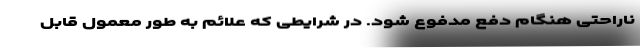
ناراحتی هنگام دفع مدفوع شود. در شرایطی که علائم به طور معمول قابل